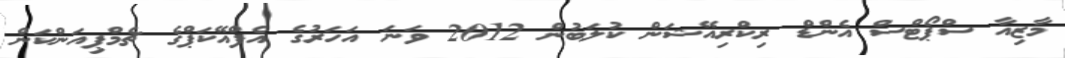
މާޒިއާ ސްޕޯޓްސް އެންޑް ރިކްރިއޭޝަން ކުލަބުން 2012 ވަނަ އަހަރުގެ އެފްއޭކަޕްގެ ޗެމްޕިއަންކަން